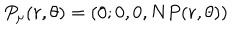
P _ { \mu } ( r , \theta ) = ( 0 ; 0 , 0 , N P ( r , \theta ) )